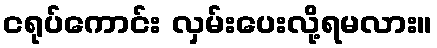
ငရုပ်ကောင်း လှမ်းပေးလို့ရမလား။